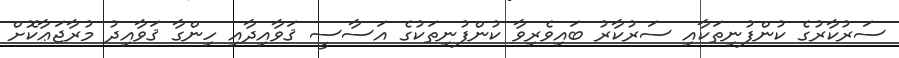
ސަރުކާރުގެ ކުންފުނިތަކާއި ސަރުކާރު ބައިވެރިވާ ކުންފުނިތަކުގެ އަސާސީ ޤަވާއިދާއި ހިންގާ ޤަވާއިދު މުރާޖަޢާކޮށް